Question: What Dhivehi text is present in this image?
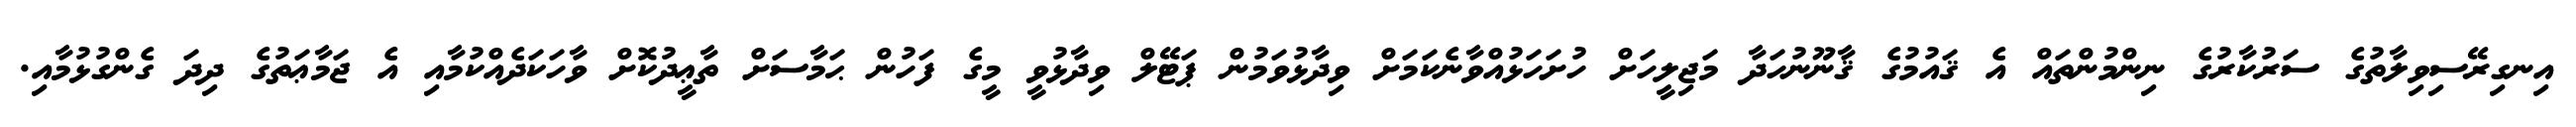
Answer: އިނގިރޭސިވިލާތުގެ ސަރުކާރުގެ ނިންމުންތައް އެ ޤައުމުގެ ޤާނޫނުހަދާ މަޖިލީހަށް ހުށަހަޅުއްވާނެކަމަށް ވިދާޅުވަމުން ޕަޓޭލް ވިދާޅުވީ މީގެ ފަހުން ޙަމާސަށް ތާޢީދުކޮށް ވާހަކަދެއްކުމާއި އެ ޖަމާޢަތުގެ ދިދަ ގެންގުޅުމާއި.